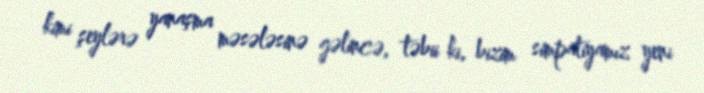
kimi şeylərə yanaşma məsələsinə gəlincə, təbii ki, bizim simpatiyamız yeni